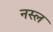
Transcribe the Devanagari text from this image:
नस्‍ल